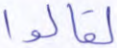
لقالوا